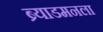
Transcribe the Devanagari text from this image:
ब्र्याडमनला